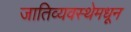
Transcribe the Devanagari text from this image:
जातिव्यवस्थेमधून